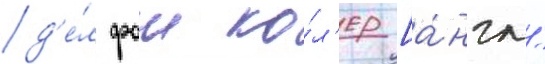
д'е́л фои ко́л'ер [а́нгл.